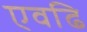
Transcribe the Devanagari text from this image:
एवढि